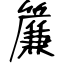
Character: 簾